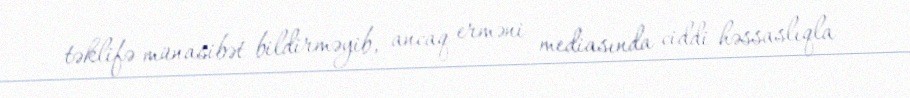
təklifə münasibət bildirməyib, ancaq erməni mediasında ciddi həssaslıqla